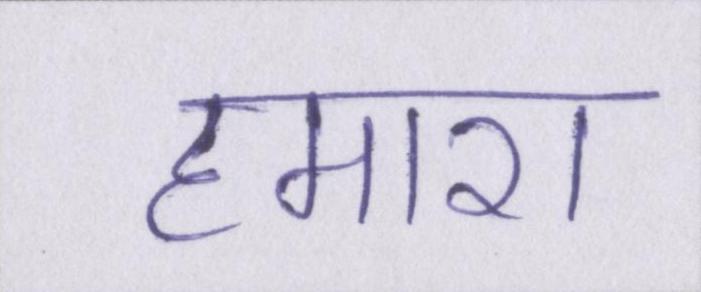
हमारा